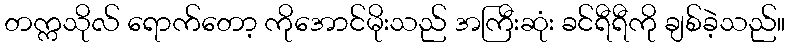
တက္ကသိုလ် ရောက်တော့ ကိုအောင်မိုးသည် အကြီးဆုံး ခင်ရီရီကို ချစ်ခဲ့သည်။